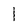
Character: 1